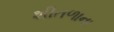
શીતળાના